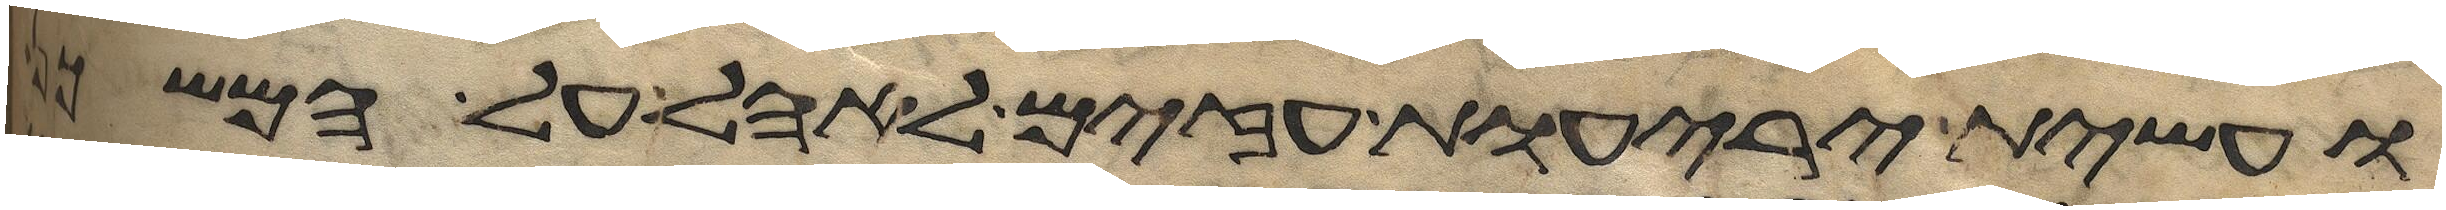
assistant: ועשית יריעות עזים לאהל על המשכן